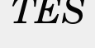
TES